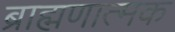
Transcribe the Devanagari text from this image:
ब्राह्मणात्मक